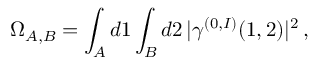
\Omega _ { A , B } = \int _ { A } d 1 \int _ { B } d 2 \, \vert \gamma ^ { ( 0 , I ) } ( 1 , 2 ) \vert ^ { 2 } \, ,